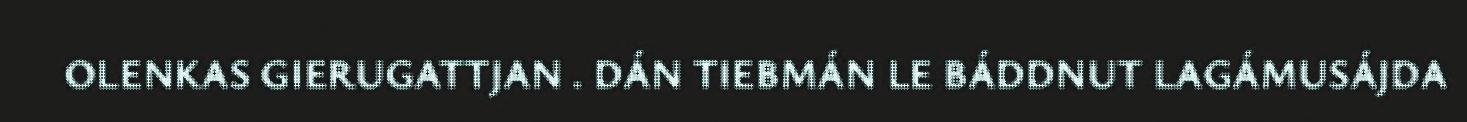
OLENKAS GIERUGATTJAN . DÁN TIEBMÁN LE BÁDDNUT LAGÁMUSÁJDA